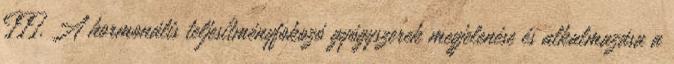
III. A hormonális teljesítményfokozó gyógyszerek megjelenése és alkalmazása a